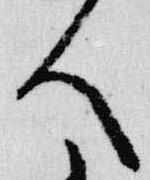
人